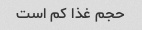
حجم غذا کم است